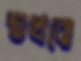
শুখবো